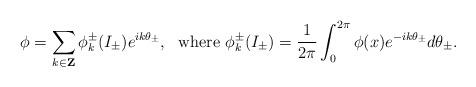
LaTeX: \begin{align*}\phi=\sum_{k\in\mathbf{Z}}\phi_{k}^{\pm}(I_{\pm})e^{ik\theta_{\pm}},\text{\ \ where\ }\phi_{k}^{\pm}(I_{\pm})=\frac{1}{2\pi}\int_{0}^{2\pi}\phi(x)e^{-ik\theta_{\pm}}d\theta_{\pm}. \end{align*}